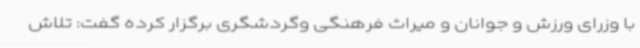
با وزرای ورزش و جوانان و میراث فرهنگی وگردشگری برگزار کرده گفت: تلاش